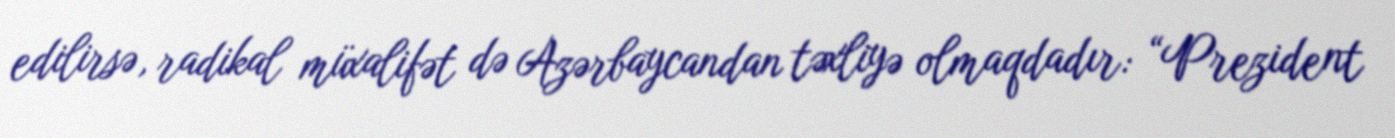
edilirsə, radikal müxalifət də Azərbaycandan təxliyə olmaqdadır: “Prezident